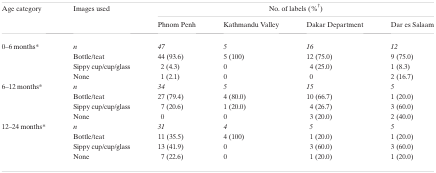
<table><thead><tr><td rowspan="2"><b>Age category</b></td><td rowspan="2"><b>Images used</b></td><td colspan="4"><b>No. of labels (%†)</b></td></tr><tr><td><b>Phnom Penh</b></td><td><b>Kathmandu Valley</b></td><td><b>Dakar Department</b></td><td><b>Dar es Salaam</b></td></tr></thead><tbody><tr><td rowspan="4">0–6 months*</td><td><i>n</i></td><td><i>47</i></td><td><i>5</i></td><td><i>16</i></td><td><i>12</i></td></tr><tr><td>Bottle/teat</td><td>44 (93.6)</td><td>5 (100)</td><td>12 (75.0)</td><td>9 (75.0)</td></tr><tr><td>Sippy cup/cup/glass</td><td>2 (4.3)</td><td>0</td><td>4 (25.0)</td><td>1 (8.3)</td></tr><tr><td>None</td><td>1 (2.1)</td><td>0</td><td>0</td><td>2 (16.7)</td></tr><tr><td rowspan="4">6–12 months*</td><td><i>n</i></td><td><i>34</i></td><td><i>5</i></td><td><i>15</i></td><td><i>5</i></td></tr><tr><td>Bottle/teat</td><td>27 (79.4)</td><td>4 (80.0)</td><td>10 (66.7)</td><td>1 (20.0)</td></tr><tr><td>Sippy cup/cup/glass</td><td>7 (20.6)</td><td>1 (20.0)</td><td>4 (26.7)</td><td>3 (60.0)</td></tr><tr><td>None</td><td>0</td><td>0</td><td>3 (20.0)</td><td>2 (40.0)</td></tr><tr><td rowspan="4">12–24 months*</td><td><i>n</i></td><td><i>31</i></td><td><i>4</i></td><td><i>5</i></td><td><i>5</i></td></tr><tr><td>Bottle/teat</td><td>11 (35.5)</td><td>4 (100)</td><td>1 (20.0)</td><td>1 (20.0)</td></tr><tr><td>Sippy cup/cup/glass</td><td>13 (41.9)</td><td>0</td><td>3 (60.0)</td><td>3 (60.0)</td></tr><tr><td>None</td><td>7 (22.6)</td><td>0</td><td>1 (20.0)</td><td>1 (20.0)</td></tr></tbody></table>